Leaving Certificate Examination, 1918
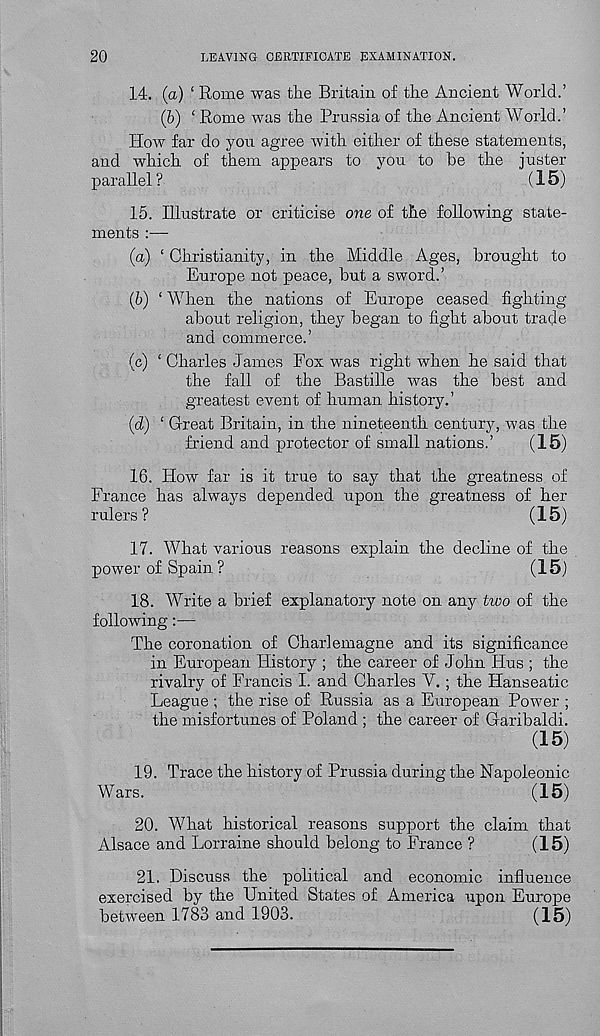
20
LEAVING CERTIFICATE EXAMINATION.
14. (a) 1 Rome was the Britain of the Ancient World.’
(b)
‘ Rome
How far do you agree with either of these statements,
and which of them appears to you to be the juster
parallel ?
(15)
15. Illustrate or criticise one of the following state-
ments :—
(a) ‘ Christianity, in the Middle Ages, brought to
Europe not peace, but a sword.’
(b) ‘ When the nations of Europe ceased fighting
about religion, they began to fight about trade
and commerce.’
(c) ‘ Charles James Fox was right when he said that
the fall of the Bastille was the best and
greatest event of human history.’
(d) ‘ Great Britain, in the nineteenth century, was the
friend and protector of small nations.’
(15)
16. How far is it true to say that the greatness, of
France has always depended upon the greatness of her
rulers?
(15)
17. What various reasons explain the decline of the
power of Spain ?
(15)
18. Write a brief explanatory note on any two of the
following:—
The coronation of Charlemagne and its significance
in European History ; the career of John Hus ; the
rivalry of Francis I. and Charles V. ; the Hanseatic
League ; the rise of Russia as a European Power ;
the misfortunes of Poland ; the career of Garibaldi.
(15)
19. Trace the history of Prussia during the Napoleonic
Wars.
(15)
20. What historical reasons support the claim that
Alsace and Lorraine should belong to France ?
(15)
21. Discuss the political and economic influence
exercised by the United States of America upon Europe
betvireen 1783 and 1903.
(15)